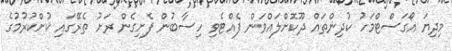
މިދިޔަ އޯގަސްޓްމަހު ކުދިންތައް ދޫކޮށްލައްވަން ފެއްޓެވި ހިސާބުން ފެށިގެން ރަށު ތެރޭގައި ކުށްކުރުމުގެ